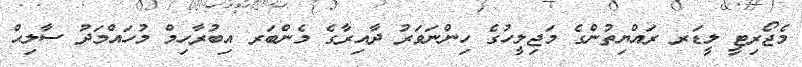
މެޖޯރިޓީ ލީޑަރ ރައްޔިތުންގެ މަޖިލީހުގެ ހިންނަވަރު ދާއިރާގެ މެންބަރ އިބުރާހިމް މުހައްމަދު ސާލިޙް